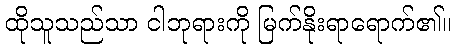
ထိုသူသည်သာ ငါဘုရားကို မြက်နိုးရာရောက်၏။